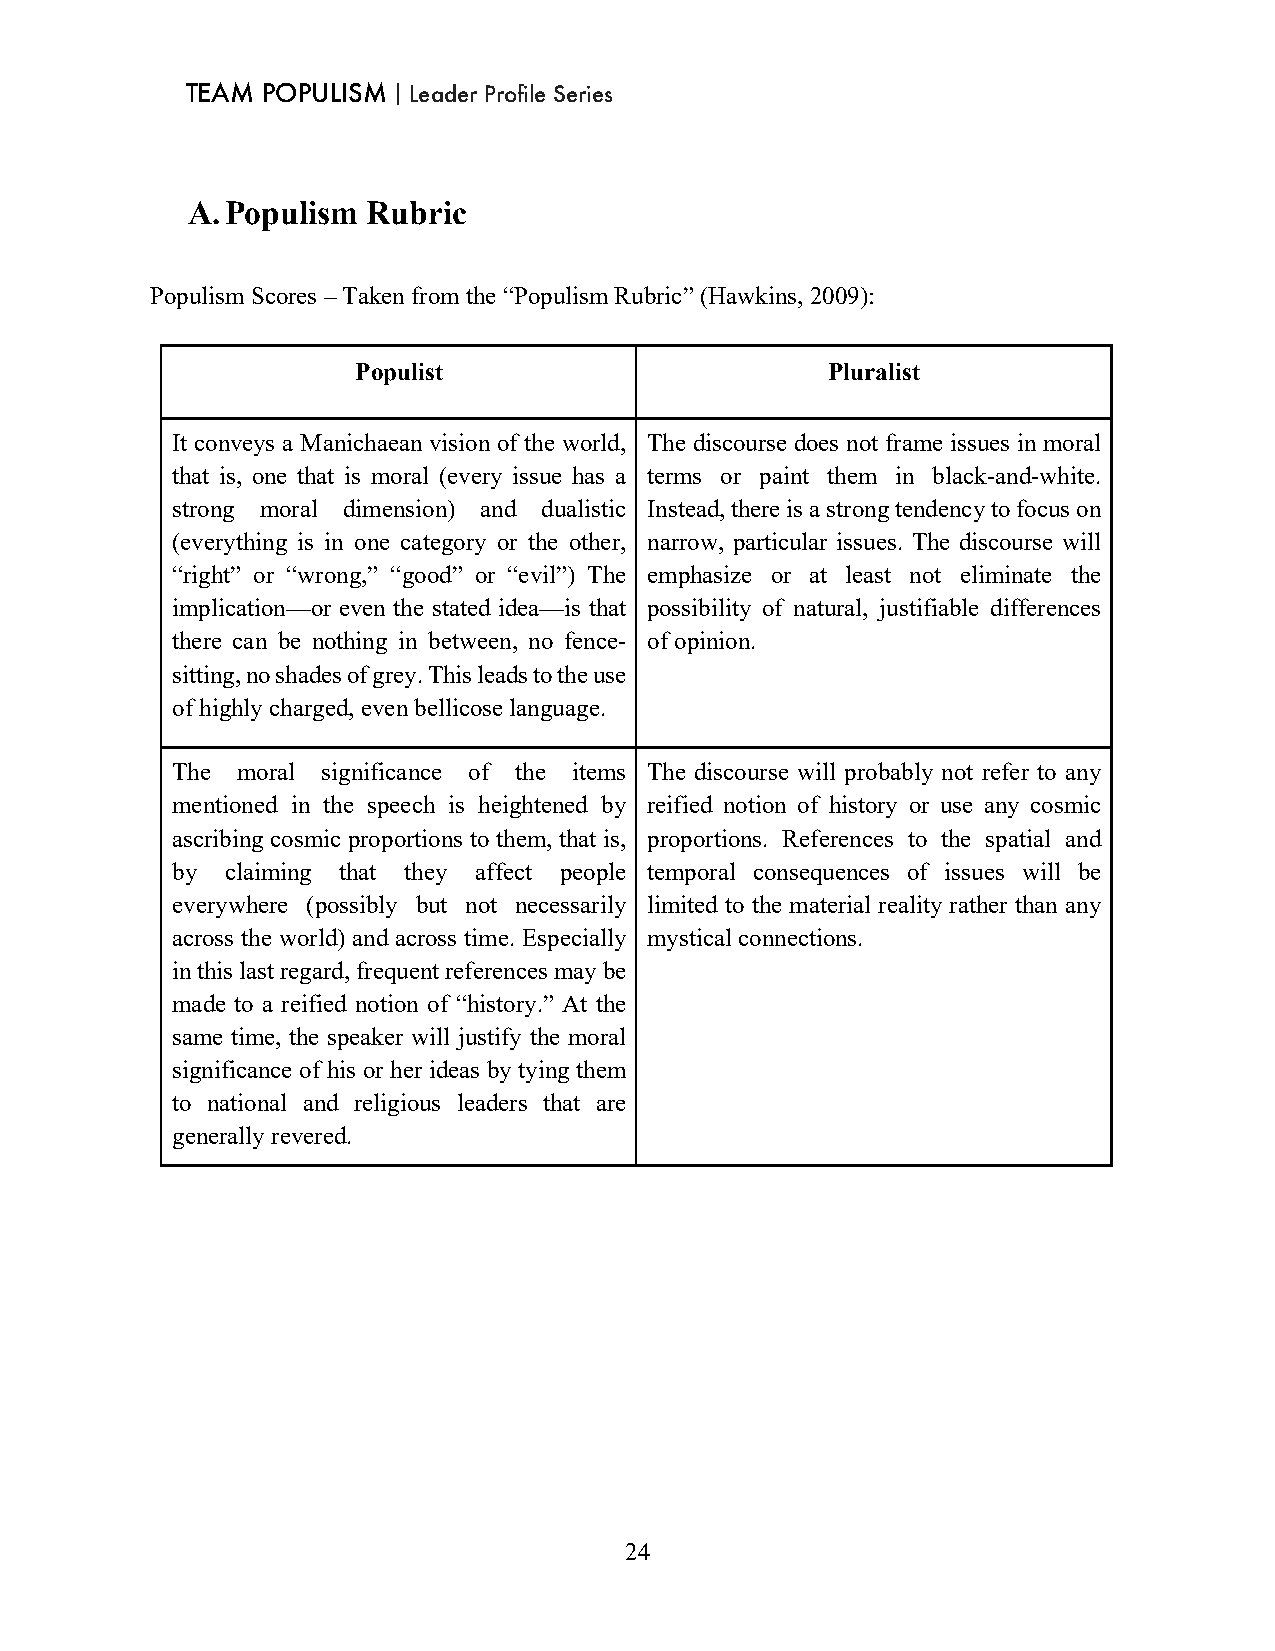
TEAM POPULISM｜Leader Profile Series
 A. Populism Rubric
 Populism Scores – Taken from the “Populism Rubric” (Hawkins, 2009):
 Populist                       Pluralist
 It conveys a Manichaean vision of the world, The discourse does not frame issues in moral
 that is, one that is moral (every issue has a terms or paint them in black-and-white.
 strong moral dimension) and dualistic Instead, there is a strong tendency to focus on
 (everything is in one category or the other, narrow, particular issues. The discourse will
 “right” or “wrong,” “good” or “evil”) The emphasize or at least not eliminate the
 implication—or even the stated idea—is that possibility of natural, justifiable differences
 there can be nothing in between, no fence- of opinion.
 sitting, no shades of grey. This leads to the use
 of highly charged, even bellicose language.
 The  moral significance of the items The discourse will probably not refer to any
 mentioned in the speech is heightened by reified notion of history or use any cosmic
 ascribing cosmic proportions to them, that is, proportions. References to the spatial and
 by  claiming that they affect people temporal consequences of issues will be
 everywhere (possibly but not necessarily limited to the material reality rather than any
 across the world) and across time. Especially mystical connections.
 in this last regard, frequent references may be
 made to a reified notion of “history.” At the
 same time, the speaker will justify the moral
 significance of his or her ideas by tying them
 to national and religious leaders that are
 generally revered.
 24